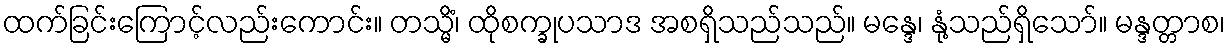
ထက်ခြင်းကြောင့်လည်းကောင်း။ တသ္မိံ၊ ထိုစက္ခုပသာဒ အစရှိသည်သည်။ မန္ဒေ၊ နုံ့သည်ရှိသော်။ မန္ဒတ္တာစ၊